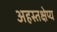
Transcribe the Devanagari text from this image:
अहस्तक्षेप्य